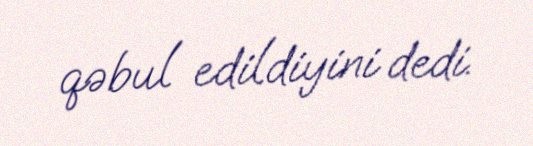
qəbul edildiyini dedi.